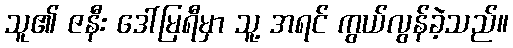
သူ၏ ဇနီး ဒေါ်မြရီမှာ သူ့ အရင် ကွယ်လွန်ခဲ့သည်။